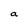
Character: a